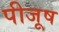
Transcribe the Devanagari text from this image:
पीजूष